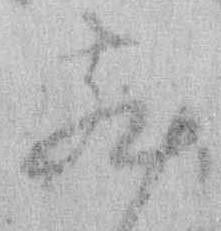
散